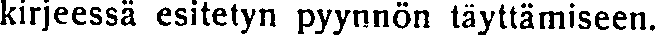
kirjeessä esitetyn pyynnön täyttämiseen.